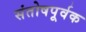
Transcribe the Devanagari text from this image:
संतोषपूर्वक